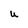
Character: U